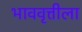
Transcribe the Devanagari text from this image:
भाववृत्तीला